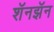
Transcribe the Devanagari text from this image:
शॅनझॅन